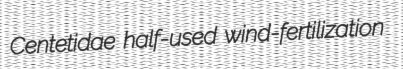
Centetidae half-used wind-fertilization